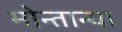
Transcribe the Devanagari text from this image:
मोन्तान्या